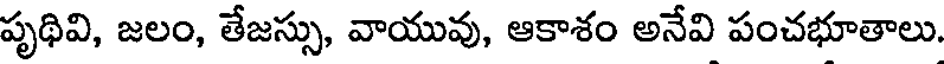
పృథివి, జలం, తేజస్సు, వాయువు, ఆకాశం అనేవి పంచభూతాలు.